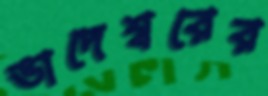
ভাদেশ্বরের